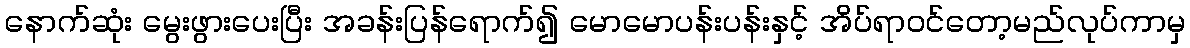
နောက်ဆုံး မွေးဖွားပေးပြီး အခန်းပြန်ရောက်၍ မောမောပန်းပန်းနှင့် အိပ်ရာဝင်တော့မည်လုပ်ကာမှ